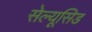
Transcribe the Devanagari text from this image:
सेल्यूसिड